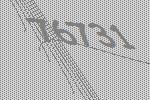
76731